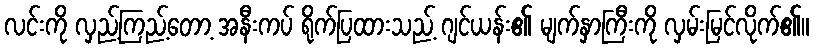
လင်းကို လှည့်ကြည့်တော့ အနီးကပ် ရိုက်ပြထားသည့် ဂျင်ယန်း၏ မျက်နှာကြီးကို လှမ်းမြင်လိုက်၏။